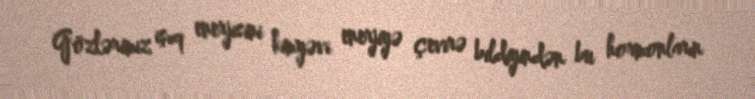
Gözlərimiz işıq enerjisini kimyəvi enerjiyə çevirə bildiyindən bu hormonların